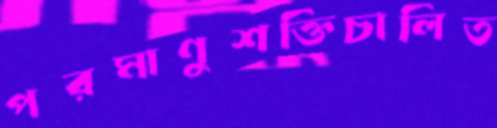
পরমাণুশক্তিচালিত